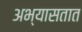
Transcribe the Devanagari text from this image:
अभ्यासतात